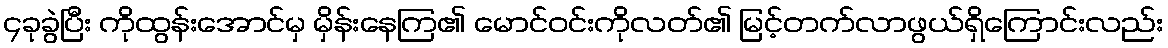
၄ခုခွဲပြီး ကိုထွန်းအောင်မှ မှိန်းနေကြ၏ မောင်ဝင်းကိုလတ်၏ မြင့်တက်လာဖွယ်ရှိကြောင်းလည်း